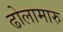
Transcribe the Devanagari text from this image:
ढोलामारु